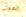
العقاب